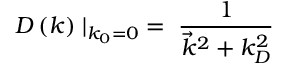
D \left( k \right) \mid _ { k _ { 0 } = 0 } \; = \; { \frac { 1 } { { \vec { k } } ^ { 2 } + k _ { D } ^ { 2 } } }